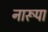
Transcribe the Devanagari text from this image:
नारूपा